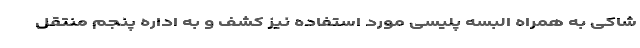
شاکی به همراه البسه پلیسی مورد استفاده نیز کشف و به اداره پنجم منتقل